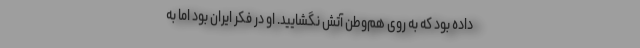
داده بود که به روی هم‌وطن آتش نگشایید. او در فکر ایران بود اما به